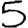
Digit: 5